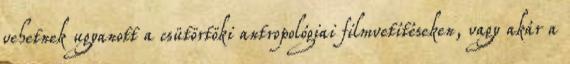
vehetnek ugyanott a csütörtöki antropológiai filmvetítéseken, vagy akár a